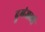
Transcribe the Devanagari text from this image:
दुमंजली